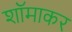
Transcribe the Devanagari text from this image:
शॉमाकर